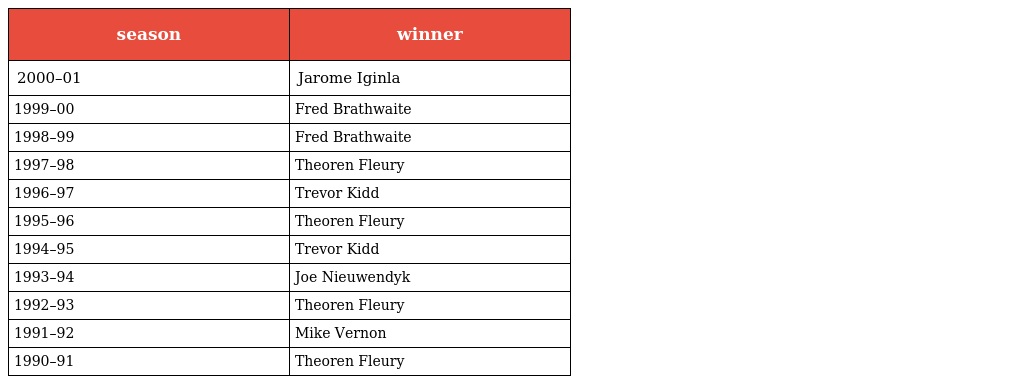
| season | winner |
 | --- | --- |
 | 2000–01 | Jarome Iginla |
 | 1999–00 | Fred Brathwaite |
 | 1998–99 | Fred Brathwaite |
 | 1997–98 | Theoren Fleury |
 | 1996–97 | Trevor Kidd |
 | 1995–96 | Theoren Fleury |
 | 1994–95 | Trevor Kidd |
 | 1993–94 | Joe Nieuwendyk |
 | 1992–93 | Theoren Fleury |
 | 1991–92 | Mike Vernon |
 | 1990–91 | Theoren Fleury |